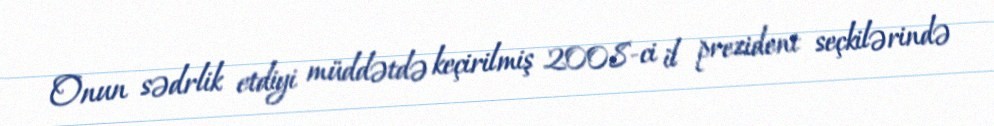
Onun sədrlik etdiyi müddətdə keçirilmiş 2008-ci il prezident seçkilərində